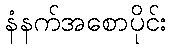
နံနက်အစောပိုင်း